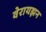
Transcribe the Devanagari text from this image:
वेरायझन